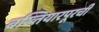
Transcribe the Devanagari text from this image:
बख्तियारपूरची